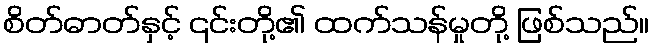
စိတ်ဓာတ်နှင့် ၎င်းတို့၏ ထက်သန်မှုတို့ ဖြစ်သည်။